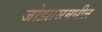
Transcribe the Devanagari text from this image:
जोझासमधील